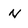
Character: N